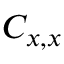
C _ { x , x }